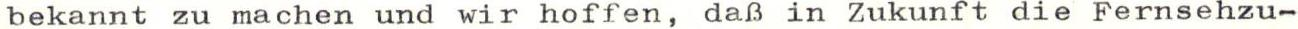
bekannt zu machen und wir hoffen, daß in Zukunft die Fernsehzu-